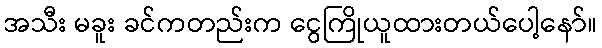
အသီး မခူး ခင်ကတည်းက ငွေကြိုယူထားတယ်ပေါ့နော်။